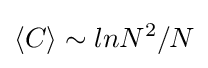
\langle C\rangle \sim lnN^{2}/N